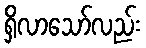
ရှိလာသော်လည်း